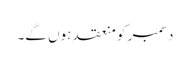
دسمبر کو منعقد ہوں گے۔